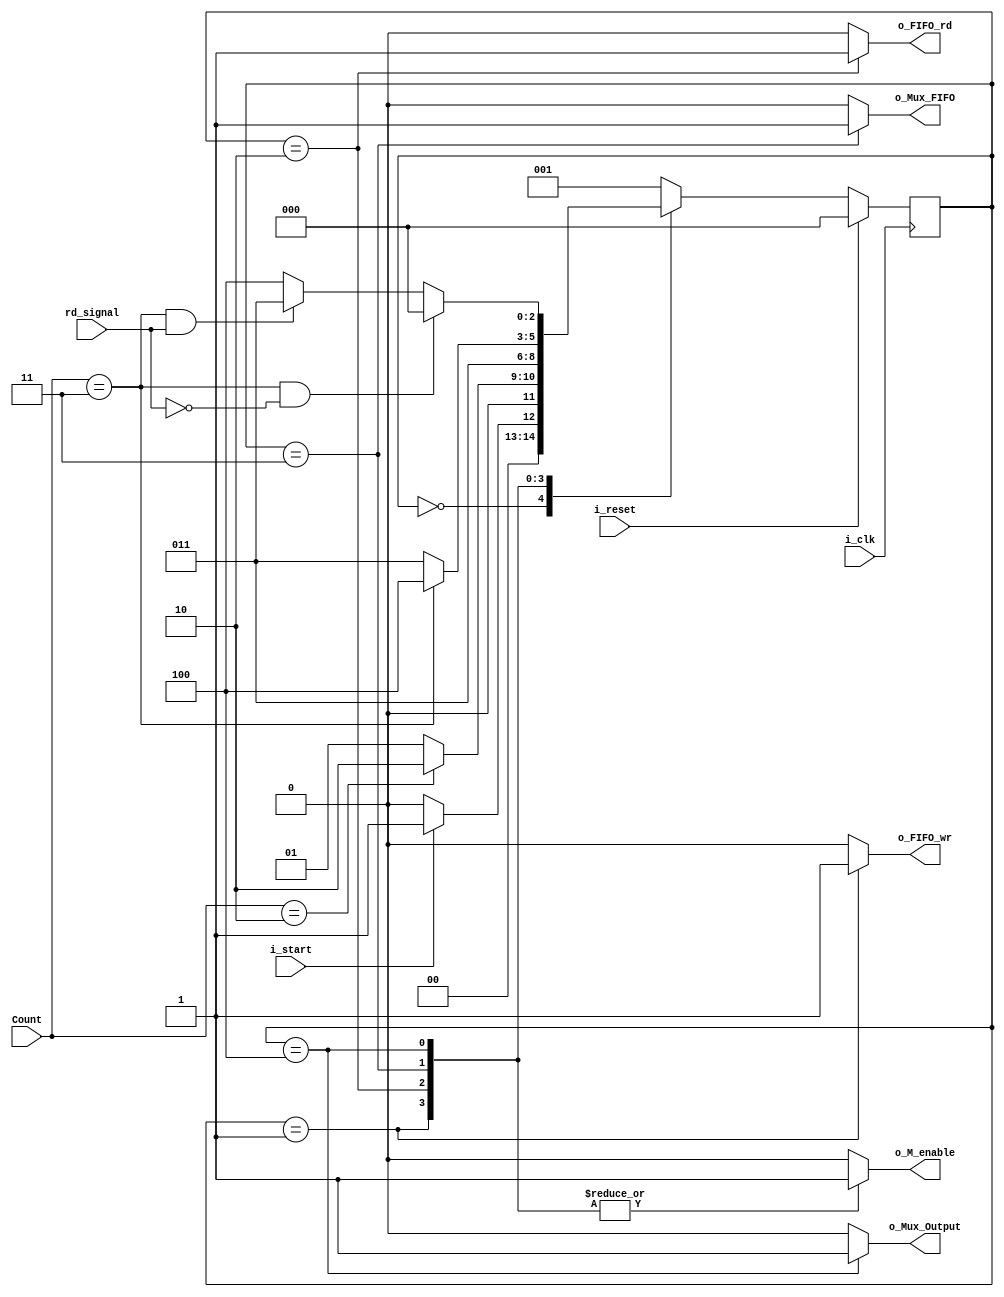
`timescale 1ns / 1ps
module fsm(i_clk, i_reset, i_start, Count, rd_signal, o_FIFO_rd, o_FIFO_wr, o_Mux_FIFO, o_Mux_Output, o_M_enable);
    parameter M_WIDTH=2;

    input wire i_clk;
    input wire i_reset;
    input wire i_start;
    input wire [M_WIDTH-1:0] Count;
    input wire rd_signal;
    output reg o_FIFO_rd;
    output reg o_FIFO_wr;
    output reg o_Mux_FIFO;
    output reg o_Mux_Output;
    output reg o_M_enable; //Enable to the M counter

    parameter IDLE = 3'b000;
    parameter s1 = 3'b001;
    parameter s2 = 3'b010;
    parameter s3 = 3'b011;
    parameter s4 = 3'b100;

   reg [2:0] state = IDLE;

   always @(posedge i_clk)
      if (i_reset) begin
         state <= IDLE;
      end
      else
         case (state)
            IDLE : begin
               if (i_start)
                  state <= s1;
               else
                  state <= IDLE;
            end
            s1 : begin
               if(Count == (1<<M_WIDTH)-2)
                    state <= s2;
               else
                    state <= s1;
            end
            s2 : begin
                state <= s3;
            end
            s3 : begin
                if (Count == (1<<M_WIDTH)-1)
                    state <= s4;
                else
                    state <= s3;
            end
            s4 : begin
               if (Count == (1<<M_WIDTH)-1 && !rd_signal)
                    state <= IDLE;
               else if(Count == (1<<M_WIDTH)-1 && rd_signal)
                    state <= s3;
                else
                    state <= s4;
            end
            default : begin  // Fault Recovery
               state <= s1;
            end
         endcase

    always @(*)
    case (state)
        IDLE : begin
            o_FIFO_rd <= 1'b0;
            o_FIFO_wr <= 1'b0;
            o_Mux_FIFO <= 1'b0;
            o_Mux_Output <= 1'b0;
            o_M_enable <= 1'b0;
        end
        s1 : begin
            o_FIFO_rd <= 1'b0;
            o_FIFO_wr <= 1'b1;
            o_Mux_FIFO <= 1'b0;
            o_Mux_Output <= 1'b0;
            o_M_enable <= 1'b1;
        end
        s2 : begin
            o_FIFO_rd <= 1'b1;
            o_FIFO_wr <= 1'b0;
            o_Mux_FIFO <= 1'b0;
            o_Mux_Output <= 1'b0;
            o_M_enable <= 1'b1;
        end
        s3 : begin
            o_FIFO_rd <= 1'b0;
            o_FIFO_wr <= 1'b0;
            o_Mux_FIFO <= 1'b1; // Save the substraction into FIFO
            o_Mux_Output <= 1'b0;
            o_M_enable <= 1'b1;
        end
        s4 : begin
            o_FIFO_rd <= 1'b0;
            o_FIFO_wr <= 1'b0;
            o_Mux_FIFO <= 1'b0;
            o_Mux_Output <= 1'b1; // Out the substraction
            o_M_enable <= 1'b1;
        end
        default : begin
            o_FIFO_rd <= 1'b0;
            o_FIFO_wr <= 1'b0;
            o_Mux_FIFO <= 1'b0;
            o_Mux_Output <= 1'b0;
            o_M_enable <= 1'b0;
        end
    endcase

endmodule